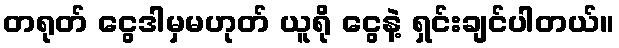
တရုတ် ငွေဒါမှမဟုတ် ယူရို ငွေနဲ့ ရှင်းချင်ပါတယ်။